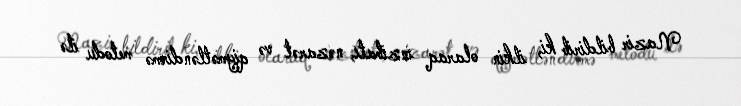
Nazir bildirib ki, ilkin olaraq inzibatı, nəzarət və qiymətləndirmə metodu ilə